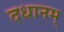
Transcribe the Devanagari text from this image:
दधानम्